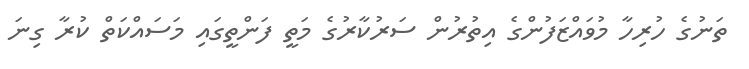
ތަނުގެ ހުރިހާ މުވައްޒަފުންގެ އިތުރުން ސަރުކާރުގެ މަތީ ފަންތީގައި މަސައްކަތް ކުރާ ގިނަ